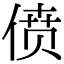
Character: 偾